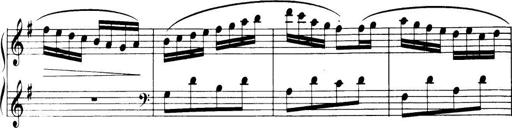
Title: 32 Sonatinas and Rondos for the Piano
Composer: Richard Kleinmichel